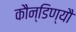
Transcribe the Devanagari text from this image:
कौन्डिण्यौ